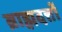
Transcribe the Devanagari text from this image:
ब्राह्मदत्तों